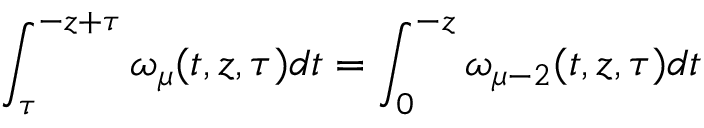
\int _ { \tau } ^ { - z + \tau } \omega _ { \mu } ( t , z , \tau ) d t = \int _ { 0 } ^ { - z } \omega _ { \mu - 2 } ( t , z , \tau ) d t